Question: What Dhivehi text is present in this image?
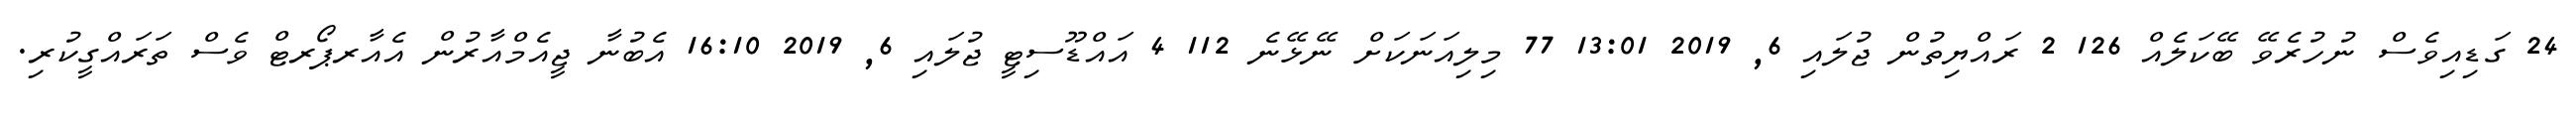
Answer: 24 ގަޑިއިވެސް ނުހުރެވޭ ބޭކަލެއް 126 2 ރައްޔިތުން ޖުލައި 6, 2019 13:01 77 މިލިއަނަކަށް ނޭޅޭނެ 112 4 އައްޑޫސިޓީ ޖުލައި 6, 2019 16:10 އެބުނާ ޖީއެމްއާރުން އެއާރޕޯރޓް ވެސް ތަރައްގީކުރި.